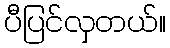
ပီပြင်လှတယ်။